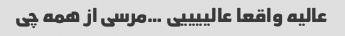
عالیه واقعا عالییییی …مرسی از همه چی